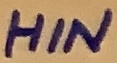
Text: HIN